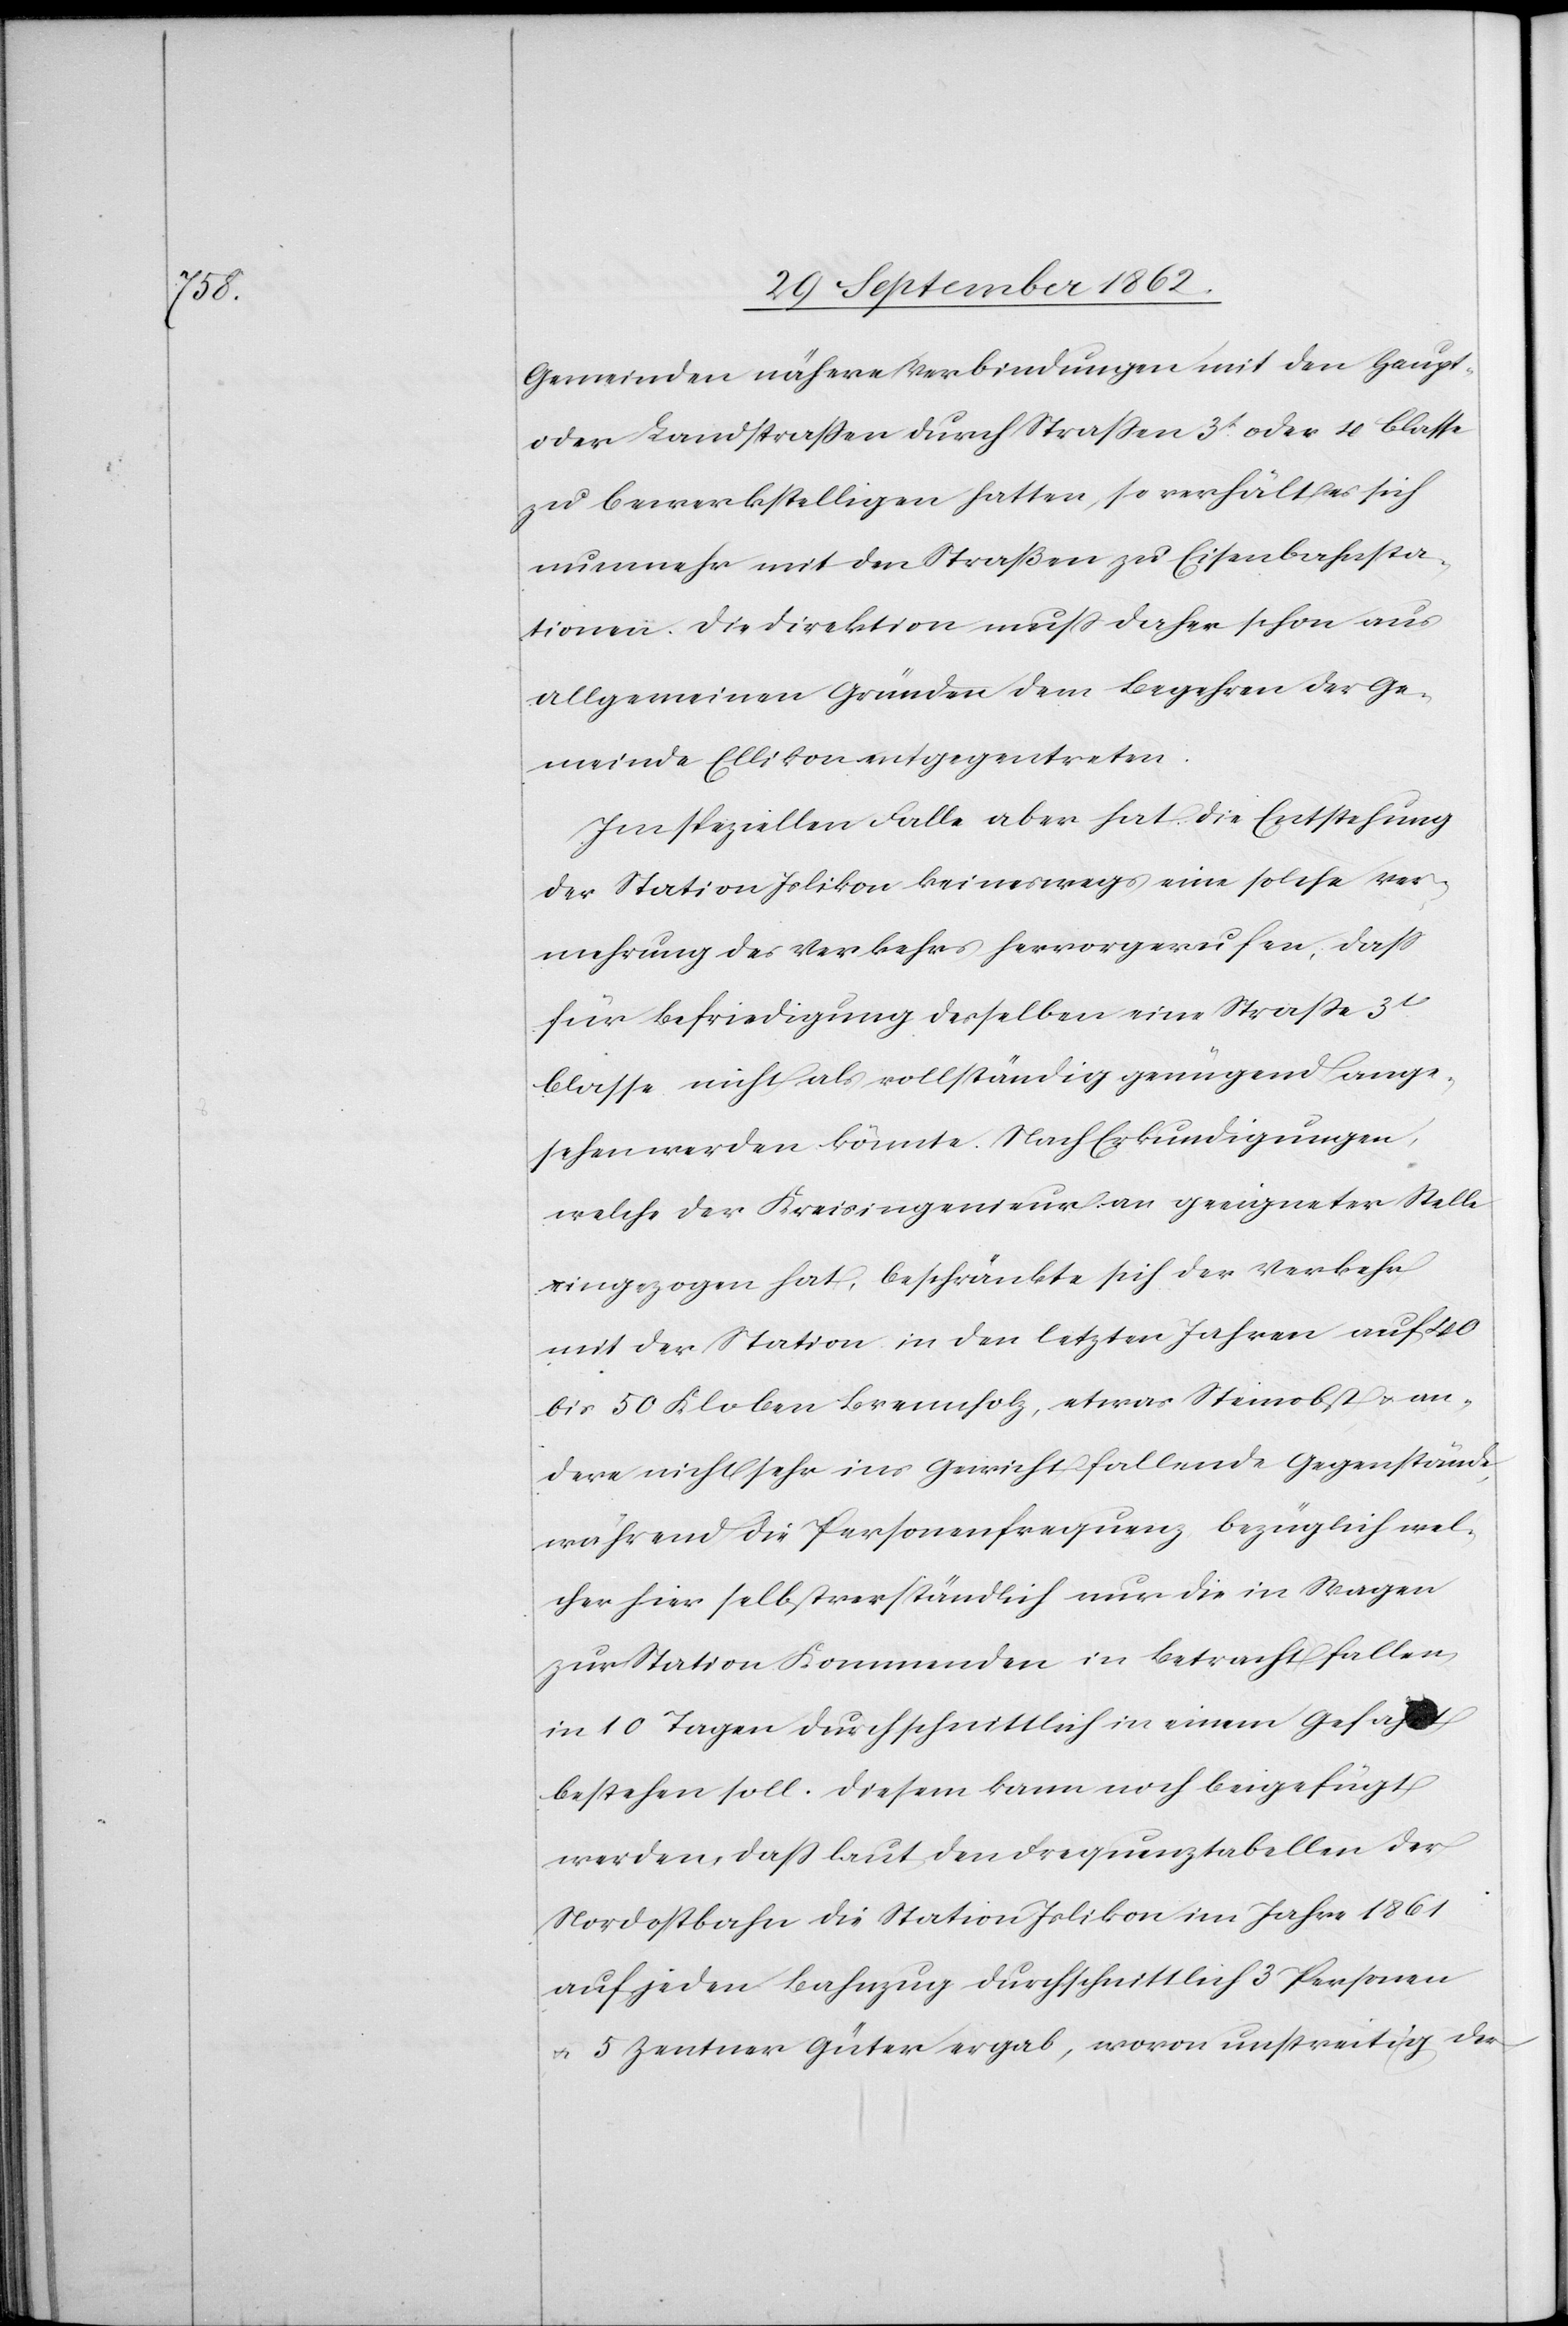
Gemeinden nähere Verbindungen mit den Haupt-
oder Landstraßen durch Straßen 3t oder 4. Classe
zu bewerkstelligen hatten, so verhält es sich
nunmehr mit den Straßen zu Eisenbahnsta¬
tionen. Die Direktion muß daher schon aus
allgemeinen Gründen dem Begehren der Ge¬
meinde Ellikon entgegentreten.
Im speziellen Falle aber hat die Entstehung
der Station Islikon keineswegs eine solche Ver¬
mehrung des Verkehrs hervorgerufen, daß
für Befriedigung desselben eine Straße 3t
Classe nicht als vollständig genügend ange¬
sehen werden könnte. Nach Erkundigungen,
welche der Kreisingenieur an geeigneter Stelle
eingezogen hat, beschränkte sich der Verkehr
mit der Station in den letzten Jahren auf 40
bis 50 Kloben Brennholz, etwas Steinobst u. an¬
dere nicht sehr ins Gewicht fallende Gegenstände,
während die Personenfrequenz bezüglich wel¬
cher hier selbstverständlich nur die in Wagen
zur Station Kommenden in Betracht fallen,
in 10 Tagen durchschnittlich in einem Gefährt
bestehen soll. Diesem kann noch beigefügt
werden, daß laut den Frequenztabellen der
Nordostbahn die Station Islikon im Jahre 1861
auf jeden Bahnzug durchschnittlich 3 Personen
u. 5 Zentner Güter ergab, wovon unstreitig der